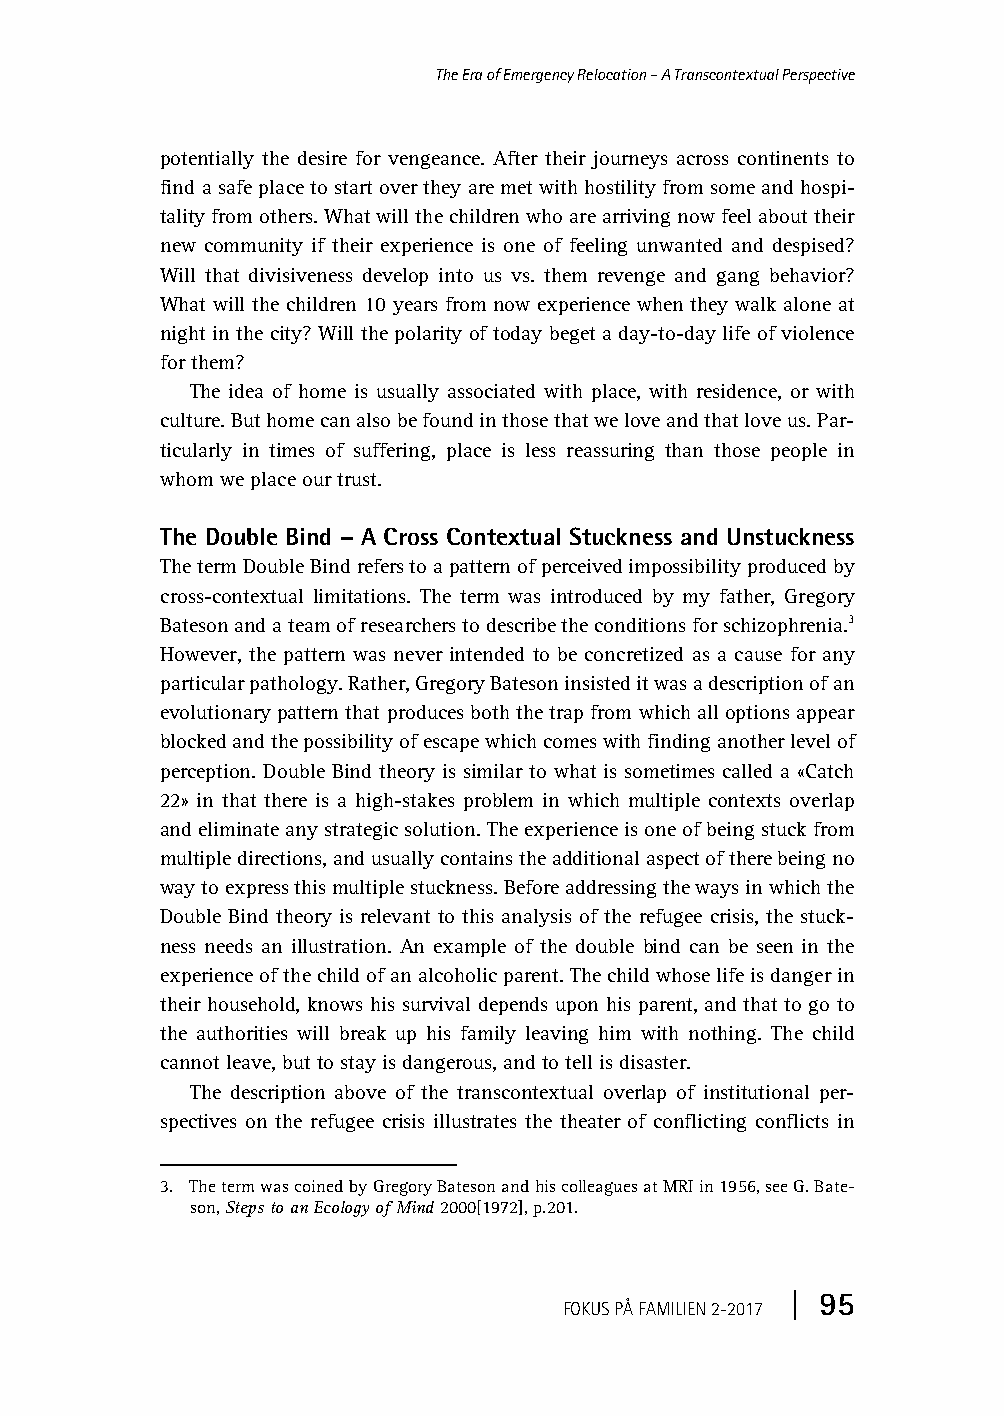
Fokus-2017-2.book Page 95 Monday, April 10, 2017 1:18 PM
 The Era of Emergency Relocation – A Transcontextual Perspective
 potentially the desire for vengeance. After their journeys across continents to
 find a safe place to start over they are met with hostility from some and hospi-
 tality from others. What will the children who are arriving now feel about their
 new community if their experience is one of feeling unwanted and despised?
 Will that divisiveness develop into us vs. them revenge and gang behavior?
 What will the children 10 years from now experience when they walk alone at
 night in the city? Will the polarity of today beget a day-to-day life of violence
 for them?
 The idea of home is usually associated with place, with residence, or with
 culture. But home can also be found in those that we love and that love us. Par-
 ticularly in times of suffering, place is less reassuring than those people in
 whom we place our trust.
 The Double Bind – A Cross Contextual Stuckness and Unstuckness
 The term Double Bind refers to a pattern of perceived impossibility produced by
 cross-contextual limitations. The term was introduced by my father, Gregory
 Bateson and a team of researchers to describe the conditions for schizophrenia.3
 However, the pattern was never intended to be concretized as a cause for any
 particular pathology. Rather, Gregory Bateson insisted it was a description of an
 evolutionary pattern that produces both the trap from which all options appear
 blocked and the possibility of escape which comes with finding another level of
 perception. Double Bind theory is similar to what is sometimes called a «Catch
 22» in that there is a high-stakes problem in which multiple contexts overlap
 and eliminate any strategic solution. The experience is one of being stuck from
 multiple directions, and usually contains the additional aspect of there being no
 way to express this multiple stuckness. Before addressing the ways in which the
 Double Bind theory is relevant to this analysis of the refugee crisis, the stuck-
 ness needs an illustration. An example of the double bind can be seen in the
 experience of the child of an alcoholic parent. The child whose life is danger in
 their household, knows his survival depends upon his parent, and that to go to
 the authorities will break up his family leaving him with nothing. The child
 cannot leave, but to stay is dangerous, and to tell is disaster.
 The description above of the transcontextual overlap of institutional per-
 spectives on the refugee crisis illustrates the theater of conflicting conflicts in
 3. The term was coined by Gregory Bateson and his colleagues at MRI in 1956, see G. Bate-
 son, Steps to an Ecology of Mind 2000[1972], p.201.
 | 95
 FOKUS PÅ FAMILIEN2-2017